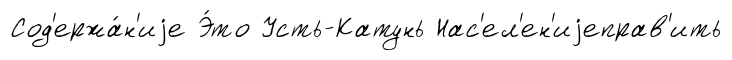
Сод'ержа́н'иjе Э́то Усть-Катунь Нас'ел'ен'иjеправ'ить